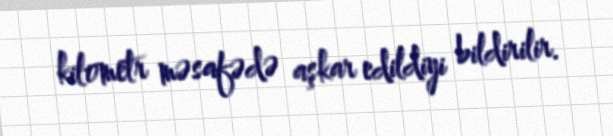
kilometr məsafədə aşkar edildiyi bildirilir.